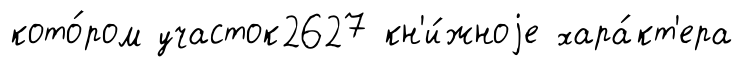
кото́ром участок2627 кн'и́жноjе хара́кт'ера